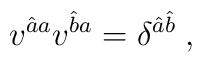
v^{\hat aa} v^{\hat b a} = \delta^{\hat a\hat b}\; ,